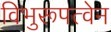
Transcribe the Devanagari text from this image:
विभुरूपत्वेन